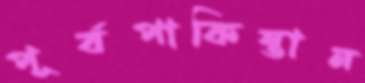
পূর্বপাকিস্তান